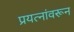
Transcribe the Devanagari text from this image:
प्रयत्‍नांवरून